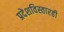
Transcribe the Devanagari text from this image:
प्रदेशविस्तारही